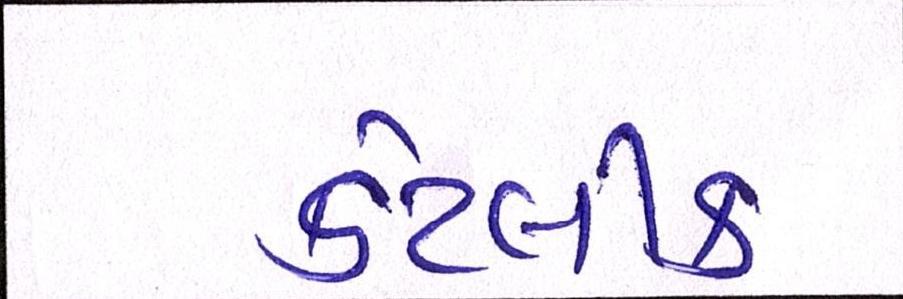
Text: કેટલીક